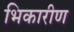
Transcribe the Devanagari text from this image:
भिकारीण